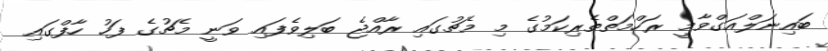
ބައިނަލްއަގްވާމީ ރަހްމަތްތެރިކަމުގެ މި މެޗުގައި ރާއްޖެ ބަލިވެފައި ވަނީ މެޗުގެ ފަހު ހާފްގައި